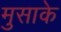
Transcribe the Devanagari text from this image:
मुसाके